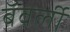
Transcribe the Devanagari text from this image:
बॅवर्ली